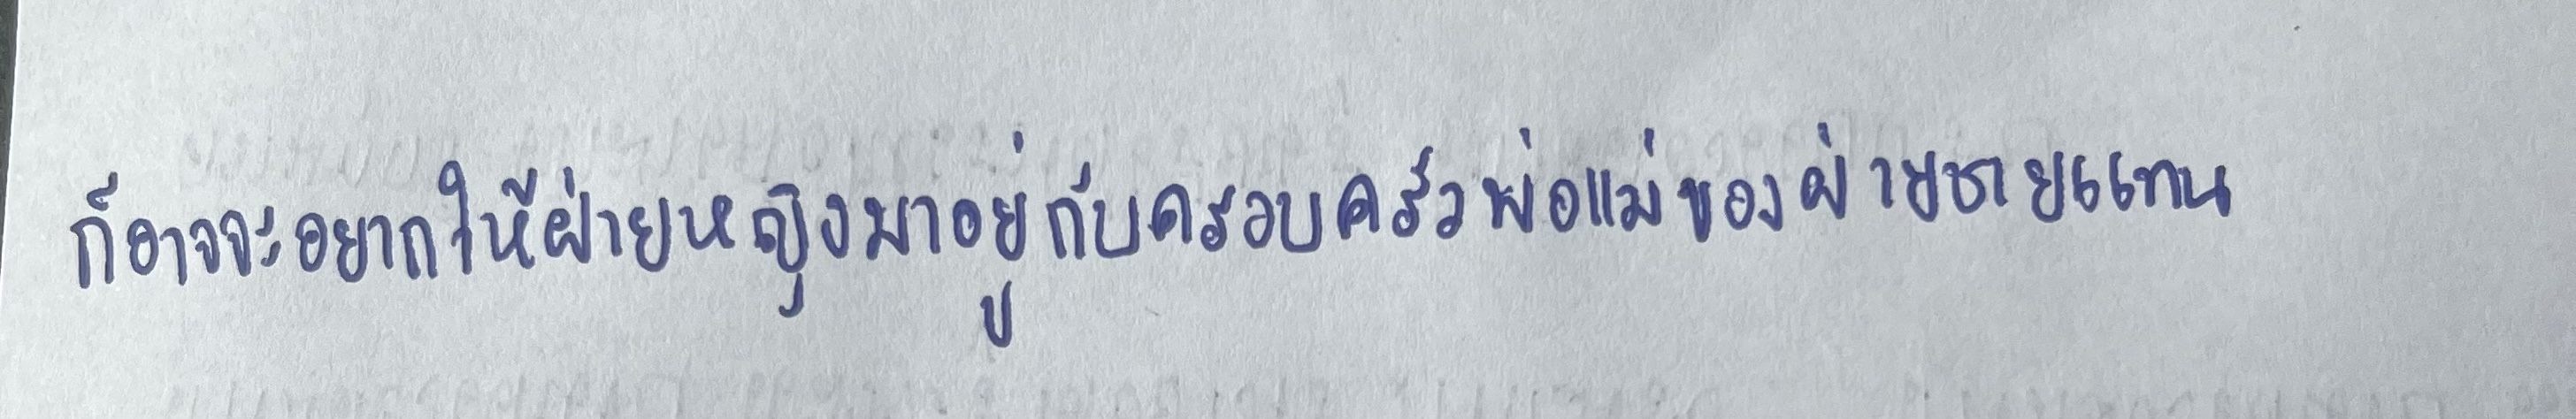
ก็อาจจะอยากให้ฝ่ายหญิงมาอยู่กับครอบครัวพ่อแม่ของฝ่ายชายแทน